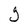
Character: g